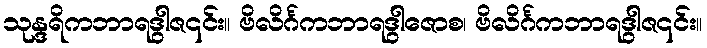
သုန္ဒရိကဘာရဒွါဇ၎င်း။ ဗိလိင်္ဂကဘာရဒွါဇောစ၊ ဗိလိင်္ဂကဘာရဒွါဇ၎င်း။